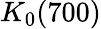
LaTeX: K_{0}(700)